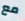
مع